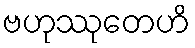
ဗဟုဿုတေဟိ